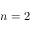
n = 2